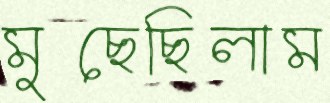
মুছেছিলাম